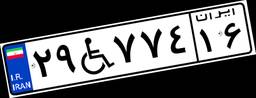
۵۷W۵۳۳۲۶